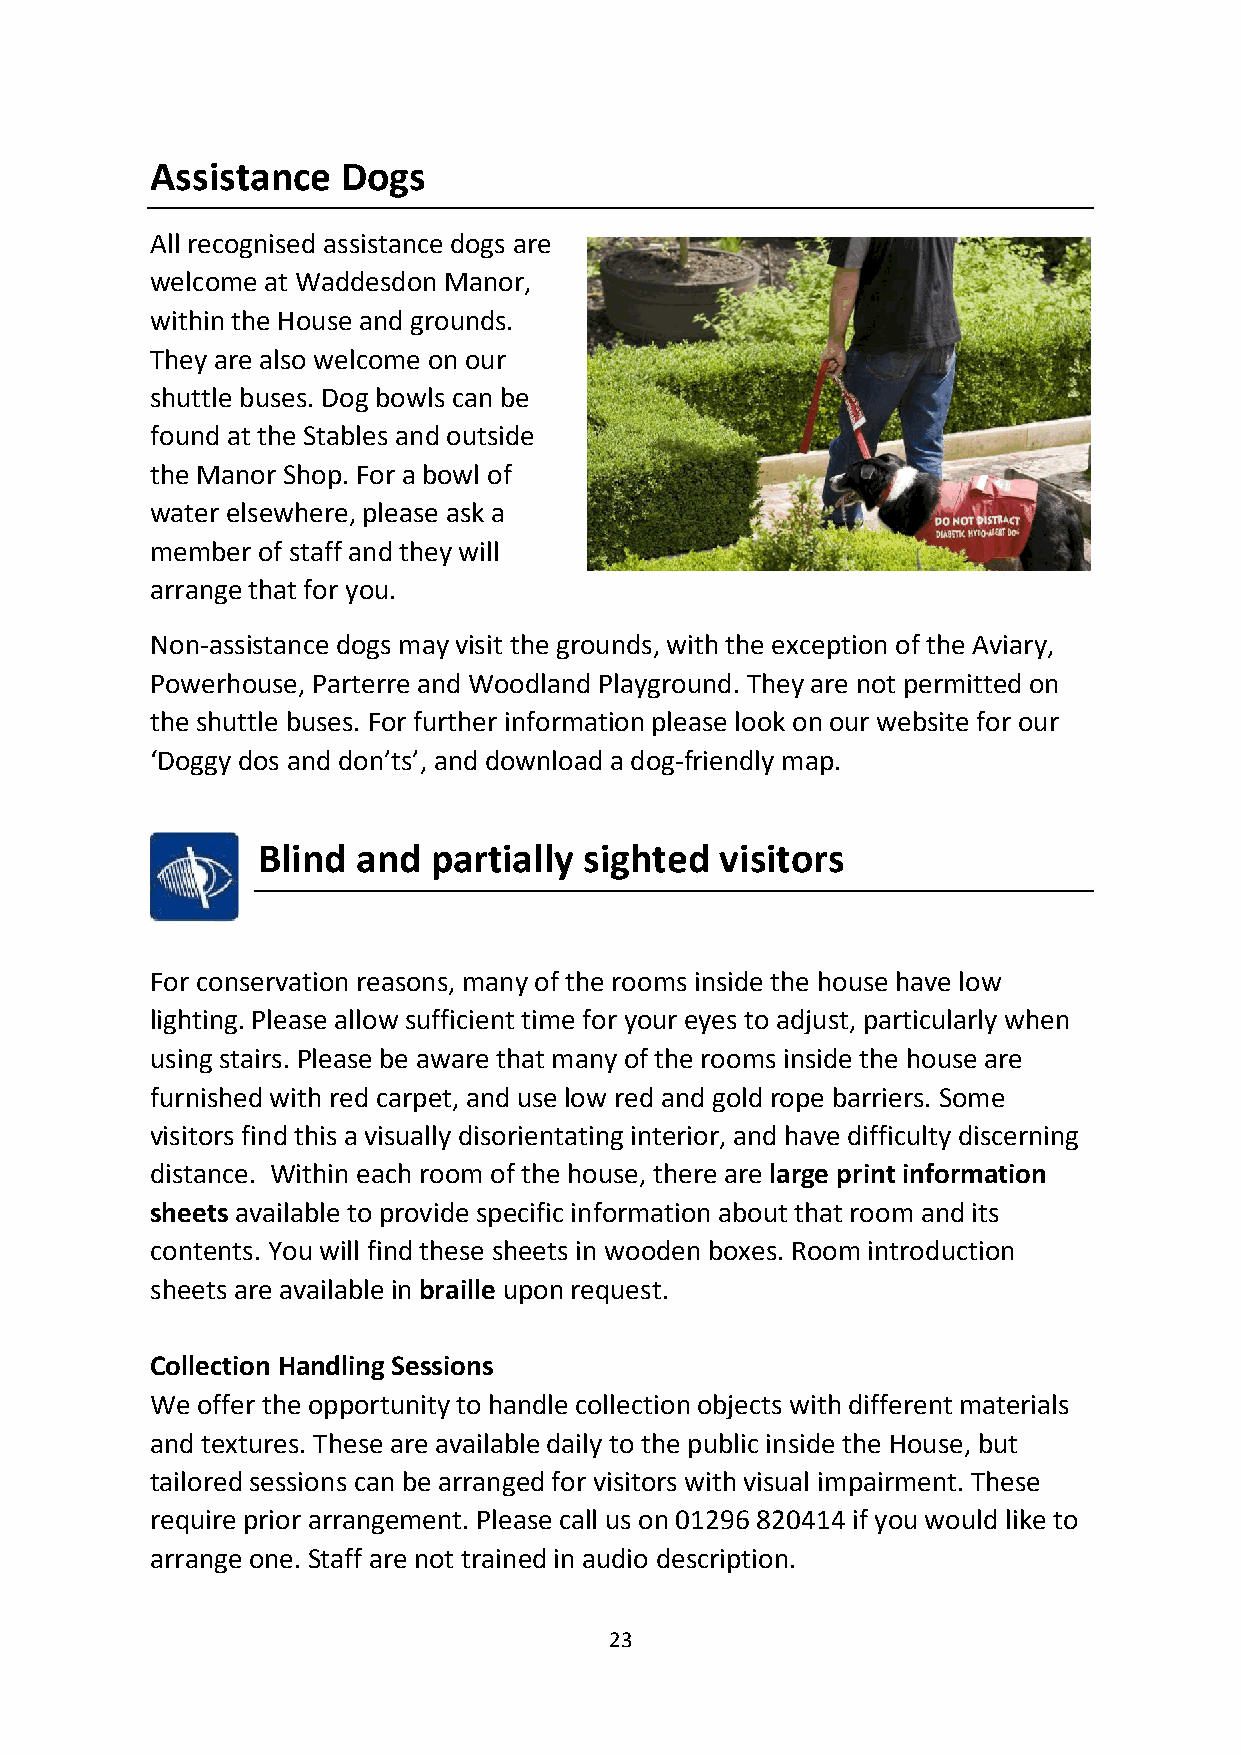
Assistance   Dogs
 All recognised assistance dogs are
 welcome at Waddesdon Manor,
 within the House and grounds.
 They are also welcome on our
 shuttle buses. Dog bowls can be
 found at the Stables and outside
 the Manor Shop. For a bowl of
 water elsewhere, please ask a
 member of staff and they will
 arrange that for you.
 Non-assistance dogs may visit the grounds, with the exception of the Aviary,
 Powerhouse, Parterre and Woodland Playground. They are not permitted on
 the shuttle buses. For further information please look on our website for our
 ‘Doggy dos and don’ts’, and download a dog-friendly map.
 Blind  and partially  sighted  visitors
 For conservation reasons, many of the rooms inside the house have low
 lighting. Please allow sufficient time for your eyes to adjust, particularly when
 using stairs. Please be aware that many of the rooms inside the house are
 furnished with red carpet, and use low red and gold rope barriers. Some
 visitors find this a visually disorientating interior, and have difficulty discerning
 distance. Within each room of the house, there are large print information
 sheets available to provide specific information about that room and its
 contents. You will find these sheets in wooden boxes. Room introduction
 sheets are available in braille upon request.
 Collection Handling Sessions
 We offer the opportunity to handle collection objects with different materials
 and textures. These are available daily to the public inside the House, but
 tailored sessions can be arranged for visitors with visual impairment. These
 require prior arrangement. Please call us on 01296 820414 if you would like to
 arrange one. Staff are not trained in audio description.
 23